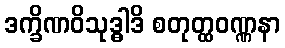
ဒက္ခိဏဝိသုဒ္ဓါဒိ စတုတ္ထဝဏ္ဏနာ